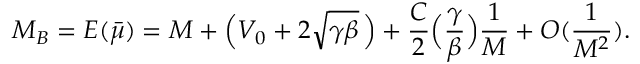
M _ { B } = E ( { \bar { \mu } } ) = M + \Bigl ( V _ { 0 } + 2 \sqrt { \gamma \beta } \, \Bigr ) + { \frac { C } { 2 } } \Bigl ( { \frac { \gamma } { \beta } } \Bigr ) { \frac { 1 } { M } } + O ( { \frac { 1 } { M ^ { 2 } } } ) .